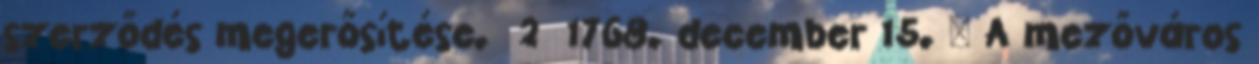
szerződés megerősítése. 2 1768. december 15. – A mezőváros